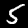
Label: 5